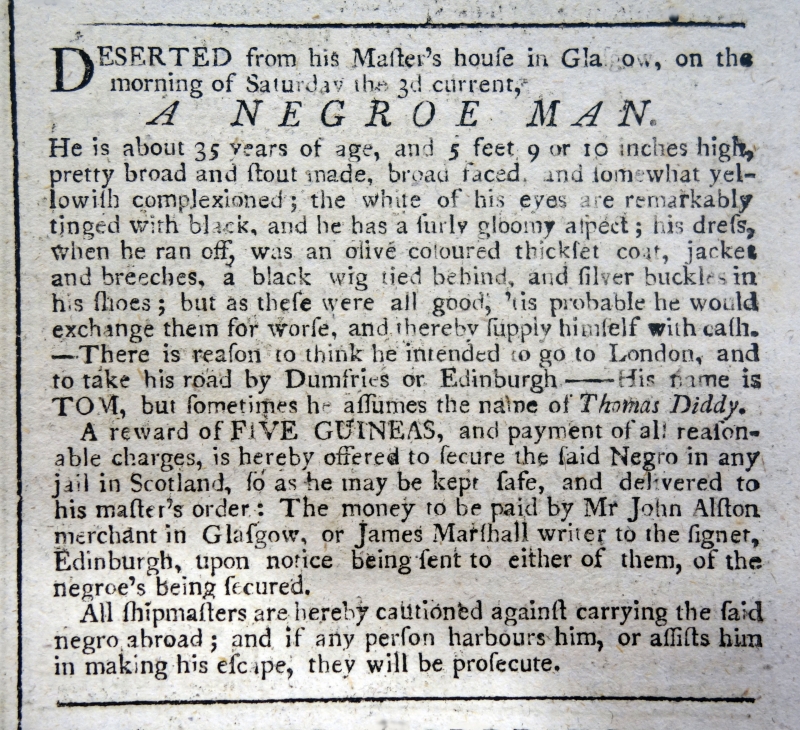
Edinburgh Evening Courant, 5 April 1773 (Scotland)
DESERTED from his Master’s house in Glasgow, on the morning of Saturday the 3d current,  A NEGROE MAN.He is about 35 years of age, and 5 feet 9 or 10 inches high, pretty broad and stout made, broad faced and somewhat yellowish complexioned; the white of his eyes are remarkably tinged with black, and he has a surly gloomy aspect; his dress, when he ran off, was an olive coloured thickset coat, jacket and breeches, a black wig tied behind, and silver buckles in his shoes; but as these were all good, 'tis probable he would exchange them for worse, and thereby supply himself with cash. -There is reason to think he intended to go to London, and to take his road by Dumfries or Edinburgh - His name is TOM, but sometimes he assumes the name of Thomas Diddy.   A Reward of FIVE GUINEAS, and payment of all reasonable charges, is hereby offered to secure the said Negro in any jail in Scotland, so as he may be kept safe, and delivered to his master’s order: The money to be paid by Mr John Alston merchant in Glasgow, or James Marshall writer to the signet, Edinburgh, upon notice being sent to either of them, of the negroe’s being secured.   All shipmasters are hereby cautioned against carrying the said negro abroad; and if any person harbours him, or assists him in making his escape, they will be prosecute.